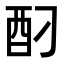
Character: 𮠗